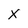
Character: X